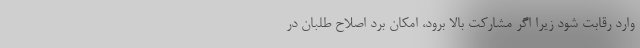
وارد رقابت شود زیرا اگر مشارکت بالا برود، امکان بُرد اصلاح طلبان در